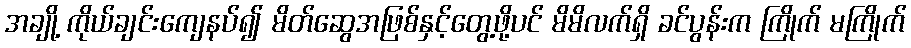
အချို့ ကိုယ်ချင်းကျေနပ်၍ မိတ်ဆွေအဖြစ်နှင့်တွေ့ဖို့ပင် မိမိလက်ရှိ ခင်ပွန်းက ကြိုက် မကြိုက်